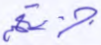
جزيتهم